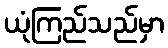
ယုံကြည်သည်မှာ